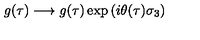
g ( \tau ) \longrightarrow g ( \tau ) \exp \left( i \theta ( \tau ) \sigma _ { 3 } \right)